Report on plague and inoculation in the Punjab from October 1st ... to September 30th..., being the ... season of plague in the province
Disease focus: Plague
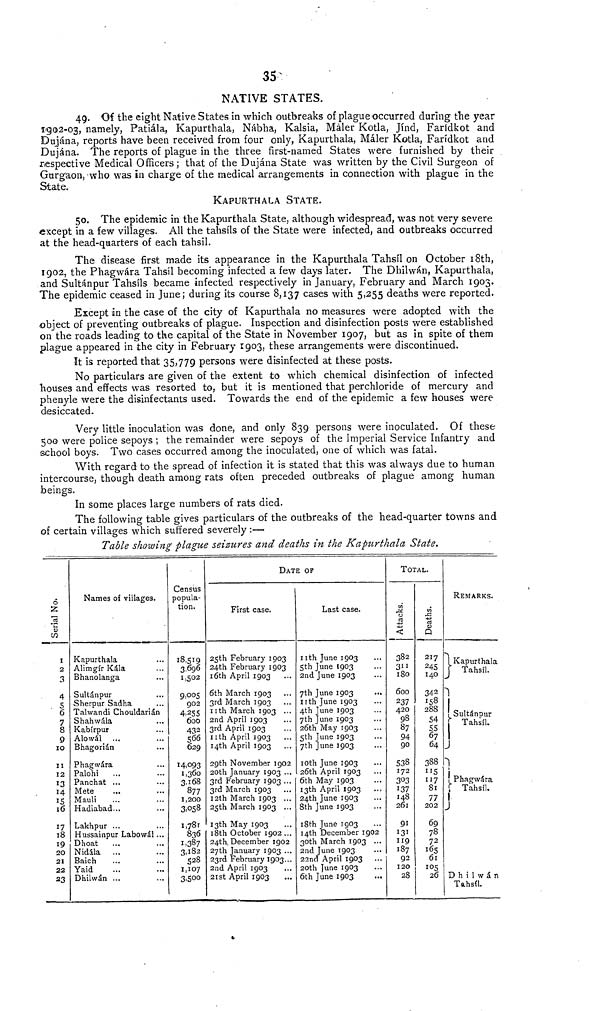
35
NATIVE STATES.
49. Of the eight Native States in which outbreaks of plague occurred during the year
1902-03, namely, Patiála, Kapurthala, Nábha, Kalsia, Máler Kotla, Jínd, Farídkot and
Dujána, reports have been received from four only, Kapurthala, Máler Kotla, Farídkot and
Dujána. The reports of plague in the three first-named States were furnished by their
respective Medical Officers ; that of the Dujána State was written by the Civil Surgeon of
Gurgaon, who was in charge of the medical arrangements in connection with plague in the
State.
KAPURTHALA STATE.
50. The epidemic in the Kapurthala State, although widespread, was not very severe
except in a few villages. All the tahsils of the State were infected, and outbreaks occurred
at the head-quarters of each tahsil.
The disease first made its appearance in the Kapurthala Tahsil on October 18th,
1902, the Phagwára Tahsil becoming infected a few days later. The Dhilwán, Kapurthala,
and Sultánpur Tahsils became infected respectively in January, February and March 1903.
The epidemic ceased in June; during its course 8,137 cases with 5,255 deaths were reported.
Except in the case of the city of Kapurthala no measures were adopted with the
•object of preventing outbreaks of plague. Inspection and disinfection posts were established
on the roads leading to the capital of the State in November 1907, but as in spite of them
plague appeared in the city in February 1903, these arrangements were discontinued.
It is reported that 35,779 persons were disinfected at these posts.
No particulars are given of the extent to which chemical disinfection of infected
houses and effects was resorted to, but it is mentioned that perchloride of mercury and
phenyle were the disinfectants used. Towards the end of the epidemic a few houses were
desiccated.
Very little inoculation was done, and only 839 persons were inoculated. Of these
500 were police sepoys ; the remainder were sepoys of the Imperial Service Infantry and
school boys. Two cases occurred among the inoculated, one of which was fatal.
With regard to the spread of infection it is stated that this was always due to human
intercourse, though death among rats often preceded outbreaks of plague among human
beings.
In some places large numbers of rats died.
The following table gives particulars of the outbreaks of the head-quarter towns and
of certain villages which suffered severely :—
Table showing plague seizures and deaths in the Kapurthala State.
Serial No.
1
2
3
4
5
6
7
8
9
10
11
12
13
15
16
17
18
19
20
21
22
23
Names of villages.
Kapurthala
Alimgír Kála
Bhanolanga
Sultánpur
Sherpur Sadha
Talwandi Chouldarián
Shahwála
Kabírpur
Alowál ...
Bhagorián
Phagwára
Palohi ...
Panchat ...
Mete ...
Mauli ...
Hadiabad...
Lakhpur ...
Hussainpur Labowál
Dhoat ...
Nidála ...
Baich ...
Yaid ...
Dhilwán ...
...
...
...
...
...
...
...
...
...
...
...
...
...
...
...
...
...
Census
popula-
tion.
18,519
3,696
1,502
9,005
902
4,255
600
432
566
629
14,093
1.360
3,168
877
1,200
3,058
1,78l
836
1.387
3,l82
528
1,107
3,500
DATE OF
First case.
25th February 1903
24th February 1903
16th April 1903
6th March 1903
3rd March 1903
11th March 1903
2nd April 1903
3rd April 1903
11th April 1903
14th April 1903
29th November 19
20th January 1903
3rd February 1903
3rd March 1903
12th March 1903
25th March 1903
13th May 1903
18th October 1902
...
...
...
...
...
...
...
...
02
...
...
...
...
...
...
...
24th, December 1902
27th January 1903
23rd February 1903
2nd April 1903
21st April 1903
...
...
...
...
Last case.
11th June 1903
5th June 1903
2nd June 1903
7th June 1903
11th June 1903
4th June 1903
7th June 1903
26th May 1903
5th June 1903
7th June 1903
10th June 1903
26th April 1903
6th May 1903
13th April 1903
24th June 1903
8th June 1903
18th June 1903
...
...
...
...
...
...
...
...
...
...
...
...
...
...
14th December 1902
30th March 1903
2nd June 1903
22nd April 1903
20th June 1903
6th June 1903
...
...
...
...
...
TOTAL.
Attacks
382
311
180
600
237
420
98
87
94
90
538
172
303
137
148
261
91
131
119
187
92
120
28
Deaths
217
245
140
342
158
288
54
55
67
64
388
115
117
81
77
202
69
78
7 2
165
61
105
26
REMARKS.
Kapurthala
Tahsil.
Sultánpur
Tahsil.
Phagwára
Tahsil.
Dhilwán
Tahsil.